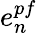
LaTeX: e_{n}^{pf}